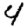
Digit: 4